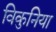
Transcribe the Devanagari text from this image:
विकुनिया